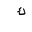
Letter: _kaf